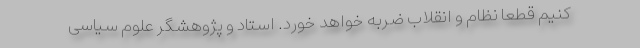
کنیم قطعا نظام و انقلاب ضربه خواهد خورد. استاد و پژوهشگر علوم سیاسی